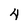
Character: 4